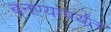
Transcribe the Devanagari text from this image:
बनण्यापर्यंत